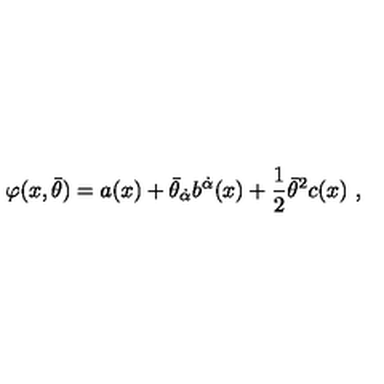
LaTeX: \varphi ( x , \bar { \theta } ) = a ( x ) + \bar { \theta } _ { \dot { \alpha } } b ^ { \dot { \alpha } } ( x ) + { \mathrm { \small { \frac 1 2 } } } \bar { \theta } ^ { 2 } c ( x ) \ ,